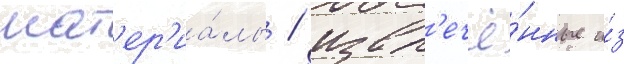
мат'ер'иа́лы / извл'ечё́нные и́з